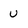
Character: u